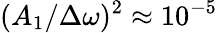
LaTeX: (A_{1}/\Delta\omega)^{2}\approx 10^{-5}